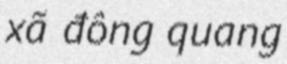
xã đông quang